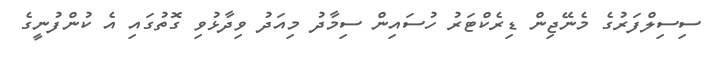
ސިސިލްފަރުގެ މެނޭޖިން ޑިރެކްޓަރު ހުސައިން ސިމާދު މިއަދު ވިދާޅުވި ގޮތުގައި އެ ކުންފުނީގެ